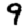
Digit: 9